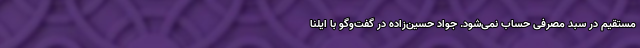
مستقیم در سبد مصرفی حساب نمی‌شود. جواد حسین‌زاده در گفت‌وگو با ایلنا